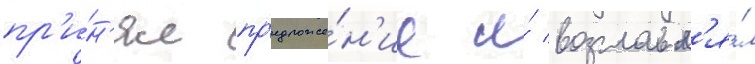
пр'и́н'ял пр'едложе́н'ие и́ возглавл'я́л